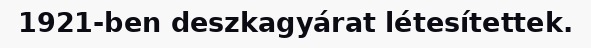
1921-ben deszkagyárat létesítettek.